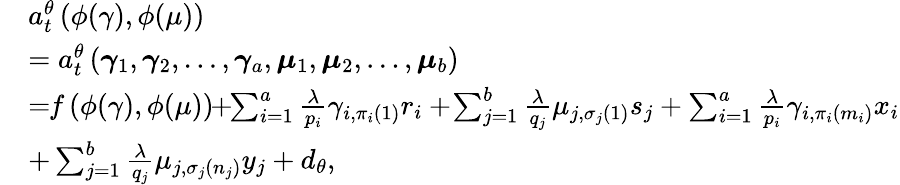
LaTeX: \begin{array}{rl}&{a_{t}^{\theta}\left(\phi(\gamma),\phi(\mu)\right)}\\ &{=a_{t}^{\theta}\left(\boldsymbol{\gamma}_{{1}},\boldsymbol{\gamma}_{{2}},\ldots,\boldsymbol{\gamma}_{{a}},\boldsymbol{\mu}_{{1}},\boldsymbol{\mu}_{{2}},\ldots,\boldsymbol{\mu}_{b}\right)}\\ &{=\! \! f\left(\phi(\gamma),\phi(\mu)\right)\! \! +\! \! \sum_{i=1}^{a}\frac{\lambda}{p_{i}}\gamma_{i,\pi_{i}(1)}{r_{i}}+\! \sum_{j=1}^{b}\frac{\lambda}{q_{j}}\mu_{j,\sigma_{j}(1)}{s_{j}}+\sum_{i=1}^{a}\frac{\lambda}{p_{i}}\gamma_{i,\pi_{i}(m_{i})}{x_{i}}}\\ &{+\sum_{j=1}^{b}\frac{\lambda}{q_{j}}\mu_{j,\sigma_{j}(n_{j})}{y_{j}}+d_{\theta},}\end{array}